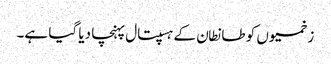
زخمیوں کو طانطان کے ہسپتال پہنچا دیا گیا ہے۔